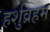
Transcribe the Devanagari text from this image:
हर्शुव्रहम